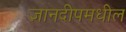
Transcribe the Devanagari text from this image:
ज्ञानदीपमधील